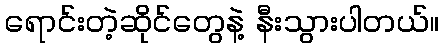
ရောင်းတဲ့ဆိုင်တွေနဲ့ နီးသွားပါတယ်။